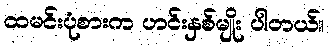
ထမင်းပုံစားက ဟင်းနှစ်မျိုး ပါတယ်။